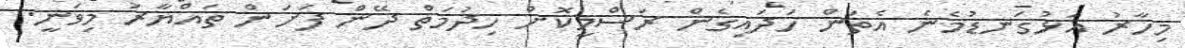
މިހާރު އަޅުގަނޑުމެނެ އެތަން ހަދައިގެން ރަސްމީކޮށް ހިދުމަތް ދޭން ފަށަން ތައްޔާރު މިވަނީ.